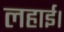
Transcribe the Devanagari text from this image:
लहाई।